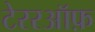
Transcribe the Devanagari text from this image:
टेररऑफ़